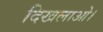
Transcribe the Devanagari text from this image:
दिखलाओ।